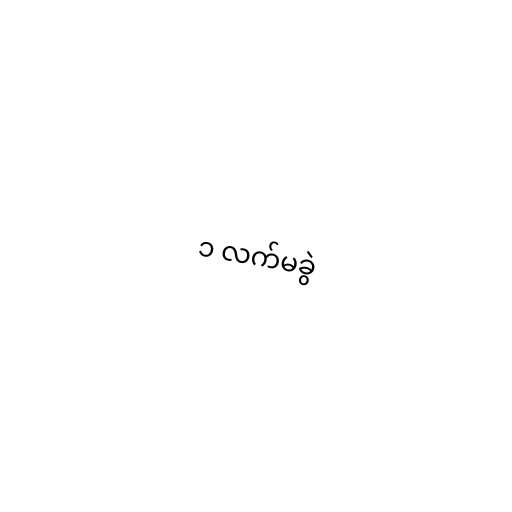
၁ လက်မခွဲ